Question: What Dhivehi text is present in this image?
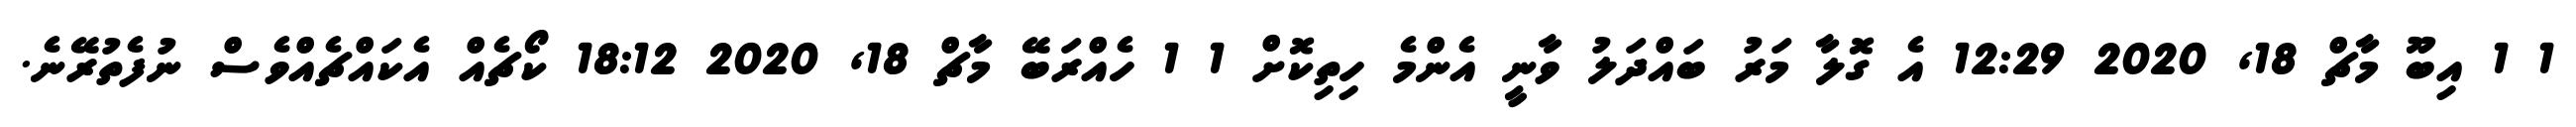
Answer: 1 1 އިބޫ މާޗް 18, 2020 12:29 އެ ގޮލާ މަރު ބައްދަލު ވާނީ އެންމެ ހިތިކޮށް 1 1 ހެއްރަބޭ މާޗް 18, 2020 18:12 ކޯޗެއް އެކައްޗެއްވެސް ނުފެތުރޭނެ.